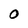
Character: O